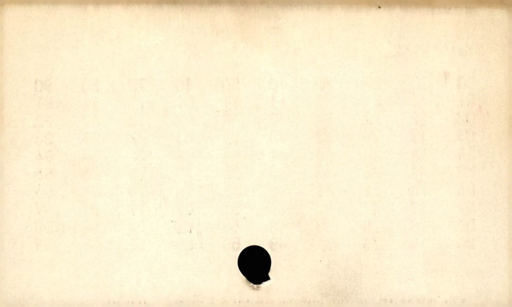
Label: blank